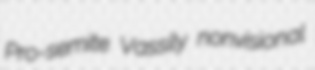
Pro-semite Vassily nonvisional